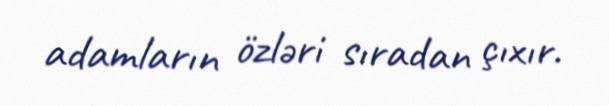
adamların özləri sıradan çıxır.